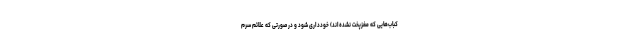
کباب‌هایی که مغزپخت نشده‌اند) خودداری شود و در صورتی که علائم سرم